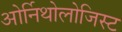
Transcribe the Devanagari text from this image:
ओर्निथोलोजिस्ट